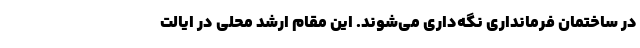
در ساختمان فرمانداری نگه‌داری می‌شوند. این مقام ارشد محلی در ایالت